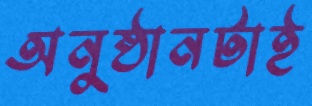
অনুষ্ঠানটাই